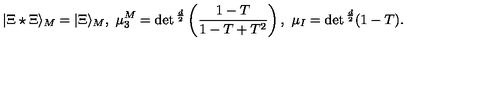
| \Xi \star \Xi \rangle _ { M } = | \Xi \rangle _ { M } , \ \mu _ { 3 } ^ { M } = \det { } ^ { \frac { d } { 2 } } \left( { \frac { 1 - T } { 1 - T + T ^ { 2 } } } \right) , \ \mu _ { I } = \det { } ^ { \frac { d } { 2 } } ( 1 - T ) .